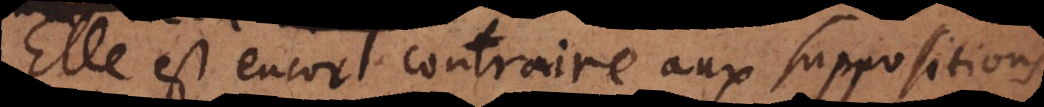
Elle est encor contraire aux suppositions